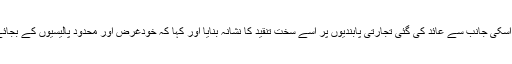
انہوں نے اپنی تقریر میں امریکہ کا نام لئے بغیر اسکی جانب سے عائد کی گئی تجارتی پابندیوں پر اسے سخت تنقید کا نشانہ بنایا اور کہا کہ خودغرض اور محدود پالیسیوں کے بجائے آزاد عالمی معیشت کو فروغ دینا ضروری ہے۔